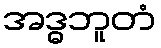
အဒ္ဓဘူတံ